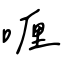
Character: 喱